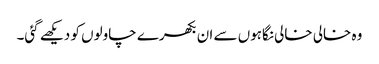
وہ خالی خالی نگاہوں سے ان بکھرے چاولوں کو دیکھے گئی۔